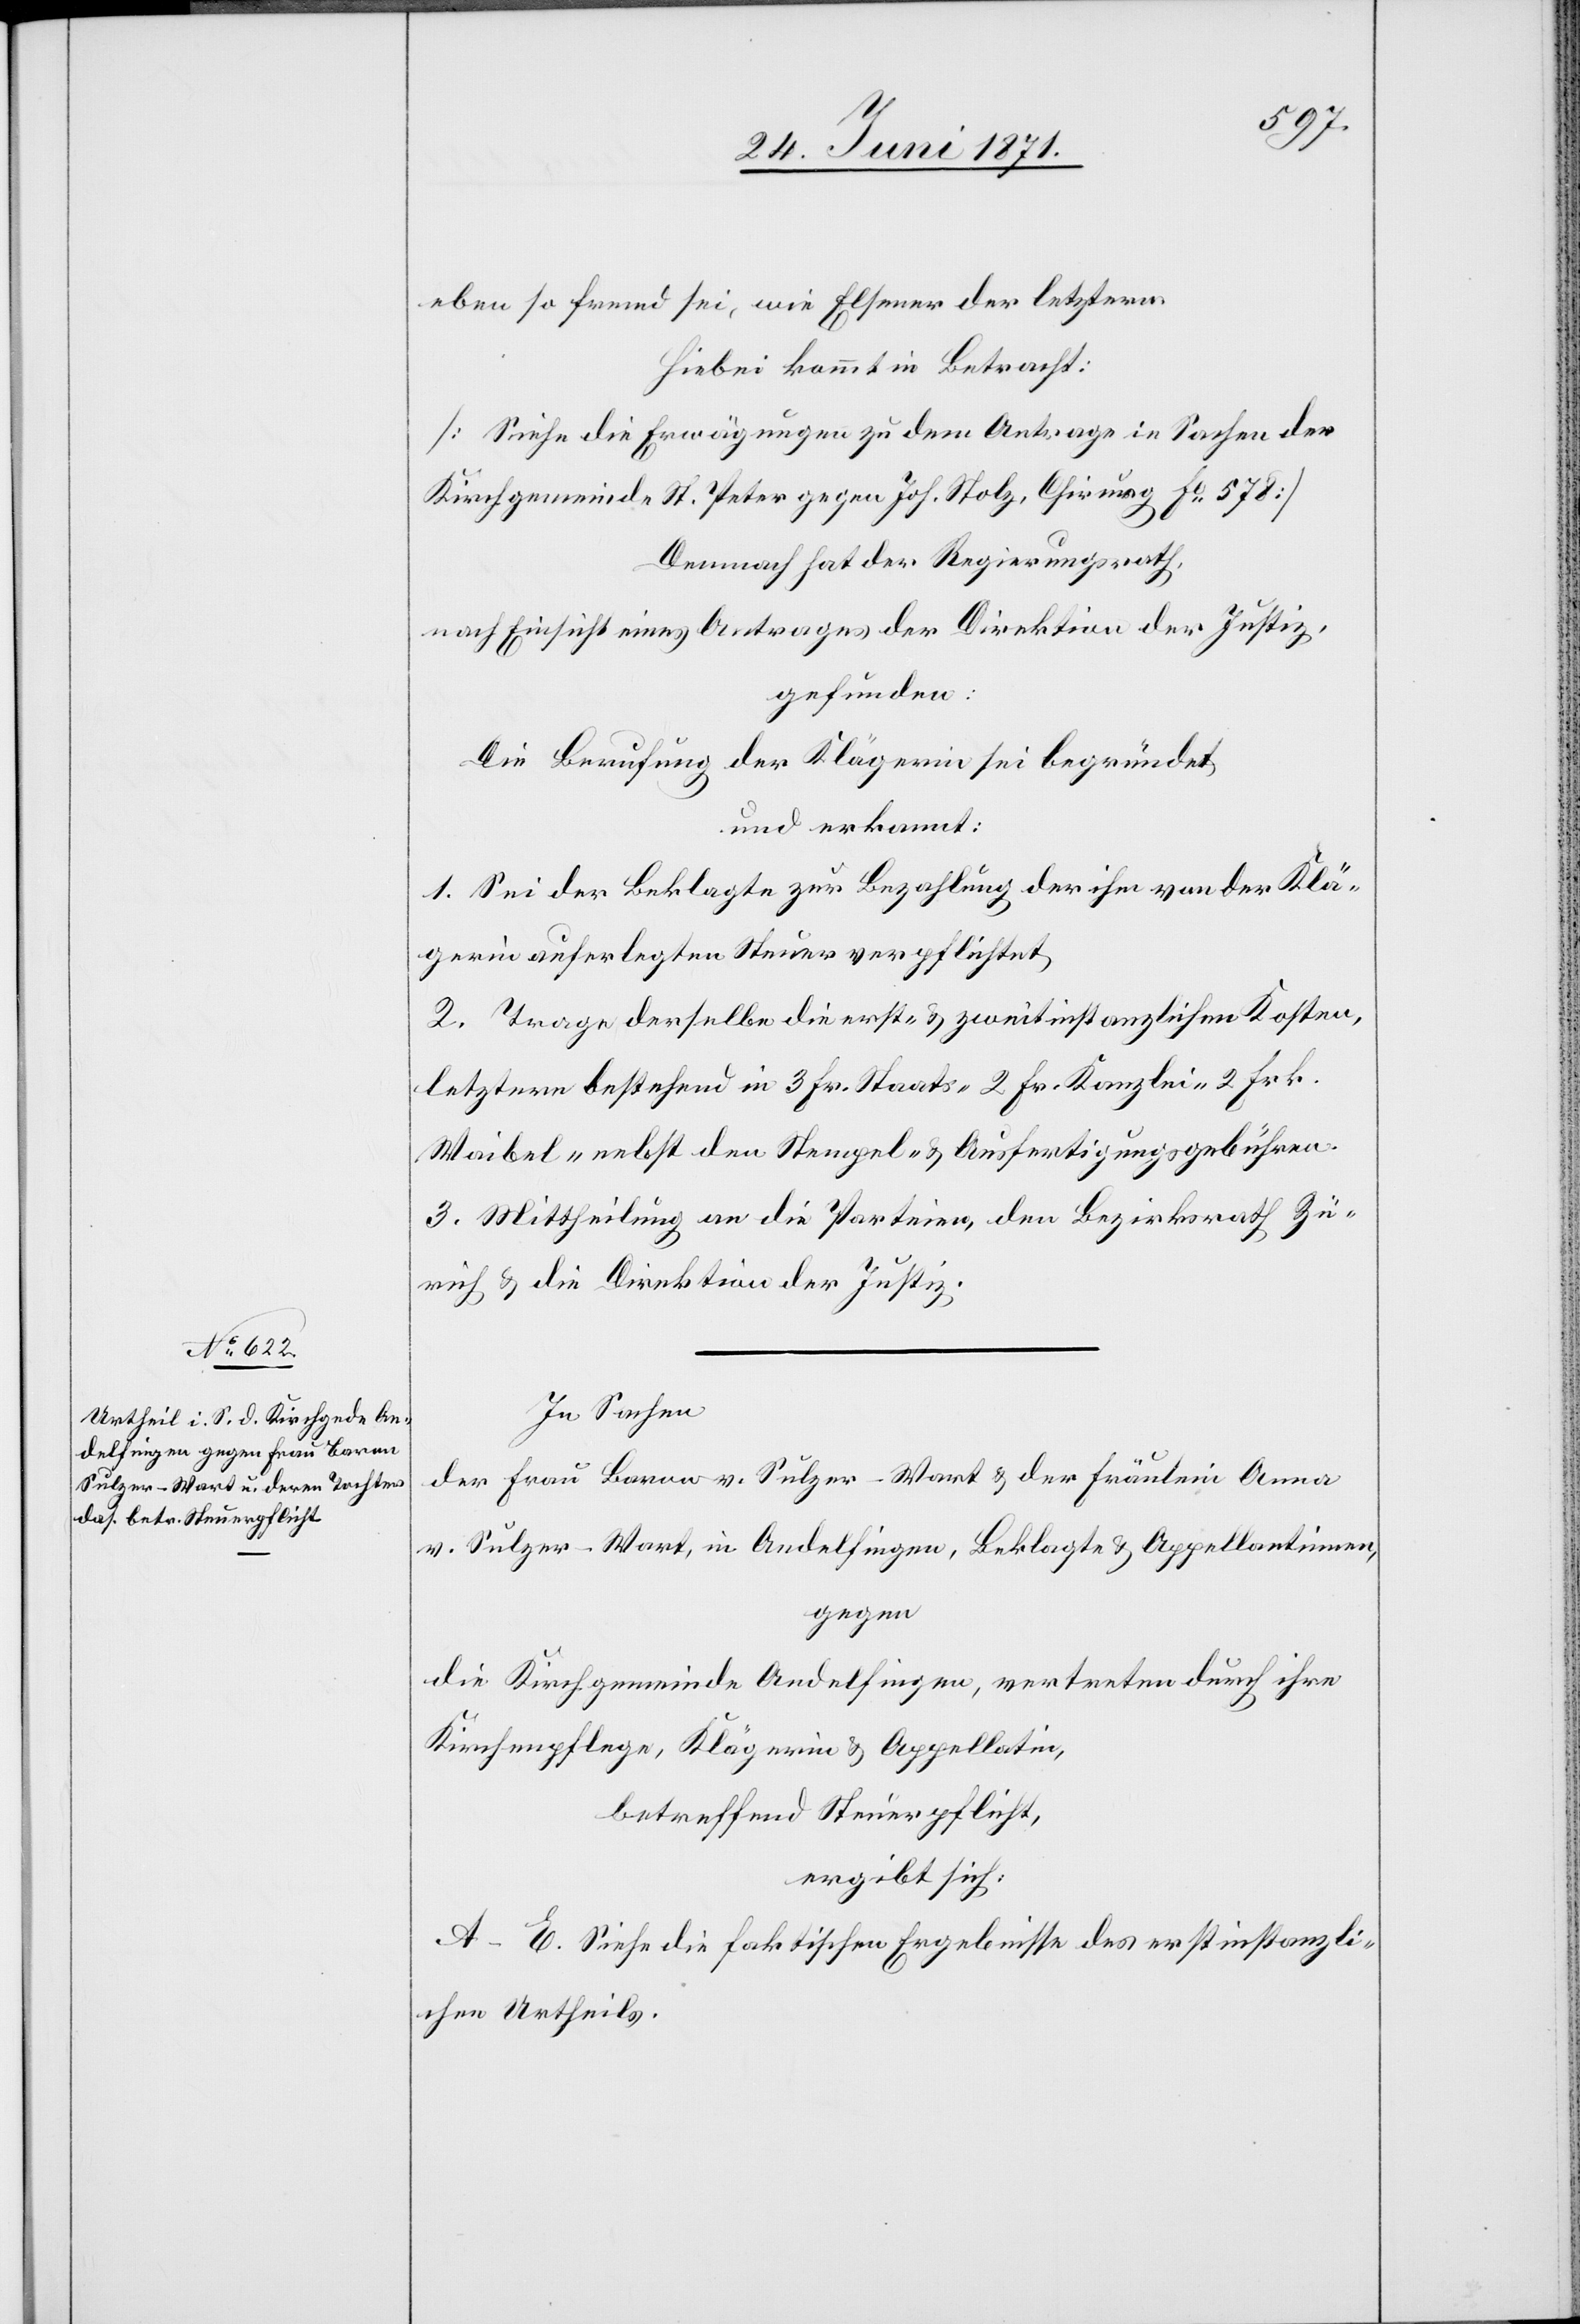
eben so fremd sei, wie Elsener der letztern
Hiebei kommt in Betracht:
[Siehe die Erwägungen zu dem Antrage in Sachen der
Kirchgemeinde St. Peter gegen Joh. Nolz, Chirurg Fo. 578]
Demnach hat der Regierungsrath,
nach Einsicht eines Antrages der Direktion der Justiz,
gefunden:
Die Berufung der Klägerin sei begründet,
und erkannt:
1. Sei der Beklagte zur Bezahlung der ihm von der Klä¬
gerin auferlegten Steuer verpflichtet,
2. Trage derselbe die erst- u. zweitinstanzlichen Kosten,
letztere bestehend in 3 Fr. Staats-[,] 2 Fr. Kanzlei-[,] 2 Frk.
Waibel-[,] nebst den Stempel- u. Ausfertigungsgebühren.
3. Mittheilung an die Parteien, den Bezirksrath Zü¬
rich u. die Direktion der Justiz.
In Sachen
der Frau Baron v. Sulzer-Wart u. der Fräulein Anna
v. Sulzer-Wart, in Andelfingen, Beklagte u. Appellatinnen,
gegen
die Kirchgemeinde Andelfingen, vertreten durch ihre
Kirchenpflege, Klägerin u. Appellatin,
betreffend Steuerpflicht,
ergibt sich,
A–E. Siehe die faktischen Ergebnisse des erstinstanzli¬
chen Urtheils.